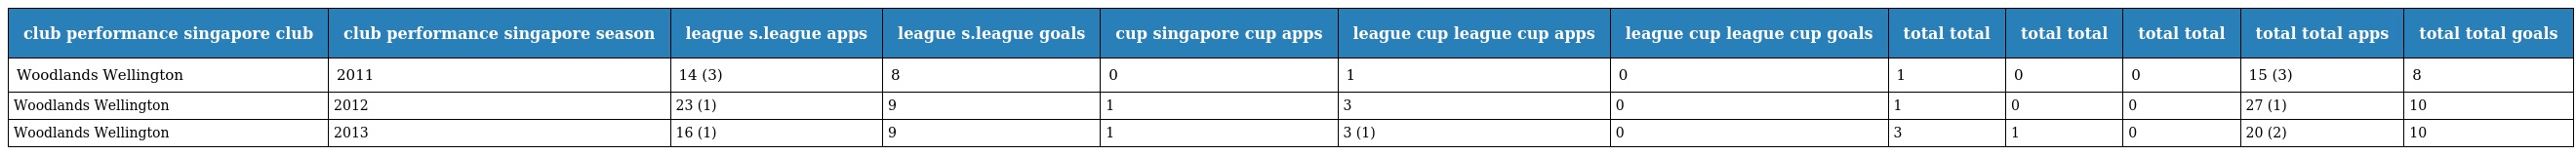
| club performance singapore club | club performance singapore season | league s.league apps | league s.league goals | cup singapore cup apps | league cup league cup apps | league cup league cup goals | total total | total total | total total | total total apps | total total goals |
 | --- | --- | --- | --- | --- | --- | --- | --- | --- | --- | --- | --- |
 | Woodlands Wellington | 2011 | 14 (3) | 8 | 0 | 1 | 0 | 1 | 0 | 0 | 15 (3) | 8 |
 | Woodlands Wellington | 2012 | 23 (1) | 9 | 1 | 3 | 0 | 1 | 0 | 0 | 27 (1) | 10 |
 | Woodlands Wellington | 2013 | 16 (1) | 9 | 1 | 3 (1) | 0 | 3 | 1 | 0 | 20 (2) | 10 |